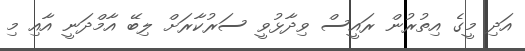
އަދި މީގެ އިތުރުން ރައީސް ވިދާޅުވީ ސަރުކާރަށް ލިބޭ އާމްދަނީ އާއި މި